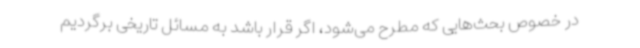
در خصوص بحث‌هایی که مطرح می‌شود، اگر قرار باشد به مسائل تاریخی برگردیم